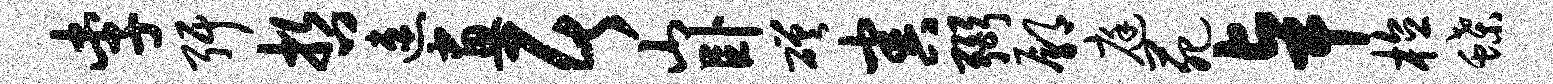
李弭哲速画居山卧磋害弼鄢庭苑卓植蝶